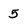
Character: 5